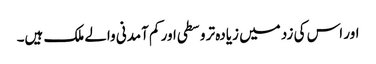
اور اس کی زد میں زیادہ تر وسطی اور کم آمدنی والے ملک ہیں۔